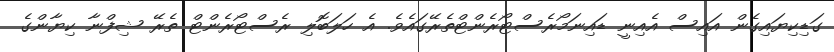
ގަޑިކިޔައިގެން އައިސް އެއިނީ ޑައިނަމޯރެސްޓޯރެންޓްތެރޭގައެވެ. އެ ހަލަބޮލި ރެސްޓޯރެންޓް ތެރޭ ޝިފްނާ ކިޔާންގެ